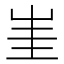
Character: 𡷅